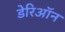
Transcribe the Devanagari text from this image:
डेरिऑन